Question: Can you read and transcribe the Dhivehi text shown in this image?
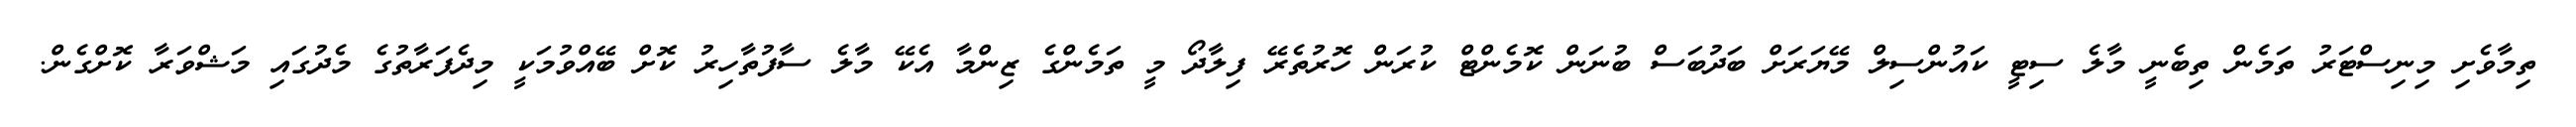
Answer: ތިމާވެށި މިނިސްޓަރު ތަމެން ތިބެނީ މާލެ ސިޓީ ކައުންސިލް މޭޔަރަށް ބަދުބަސް ބުނަން ކޮމެންޓް ކުރަން ހޮރުތެރޭ ފިލާދޯ މީ ތަމެންގެ ޒިންމާ އެކޭ މާލެ ސާފުތާހިރު ކޮށް ބޭއްވުމަކީ މިދެފަރާތުގެ މެދުގައި މަޝްވަރާ ކޮށްގެން.